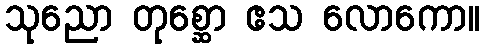
သုညော တုစ္ဆော ဧသ လောကော။